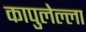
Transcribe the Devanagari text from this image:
कापुलेल्ला